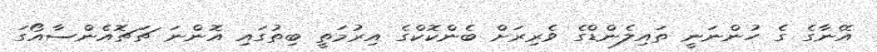
އޭނާގެ ގެ ހުންނަނީ ތައިލެންޑްގެ ވެރިރަށް ބެންކޮކްގެ އިރުމަތީ ބިތުގައި އޮންނަ ޗަޗޮއެންސާއޯގަ